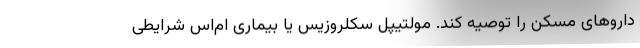
داروهای مسکن را توصیه کند. مولتیپل سکلروزیس یا بیماری ام‌اس شرایطی